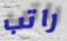
راتب